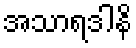
အသာရဒါနိ